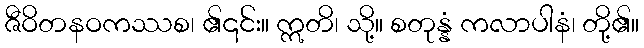
ဇီဝိတနဝကဿစ၊ ၏၎င်း။ ဣတိ၊ သို့။ စတုန္နံ ကလာပါနံ၊ တို့၏။